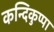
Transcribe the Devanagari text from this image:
कन्दिकुप्पा